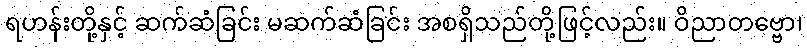
ရဟန်းတို့နှင့် ဆက်ဆံခြင်း မဆက်ဆံခြင်း အစရှိသည်တို့ဖြင့်လည်း။ ဝိညာတဗ္ဗော၊